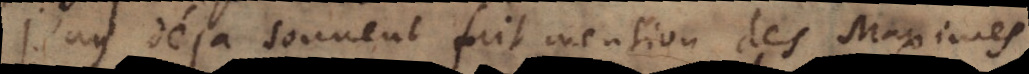
J’ay deja souvent fait mention des Maximes